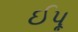
ઈપૂ